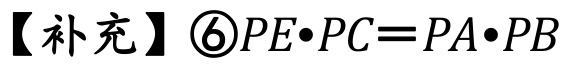
【补充】\textcircled{6}\(PE\cdot PC = PA\cdot PB\)